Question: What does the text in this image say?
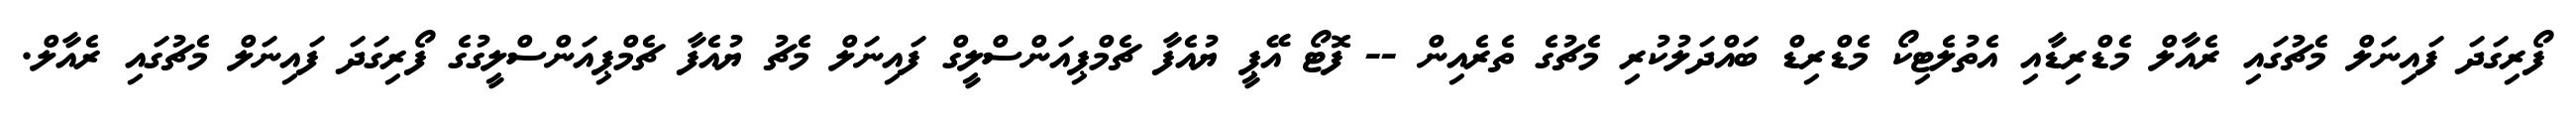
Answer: ފޯރިގަދަ ފައިނަލް މެޗުގައި ރެއާލް މެޑްރިޑާއި އެތުލެޓިކޯ މެޑްރިޑް ބައްދަލުކުރި މެޗުގެ ތެރެއިން -- ފޮޓޯ އޭޕީ ޔުއެފާ ޗެމްޕިއަންސްލީގް ފައިނަލް މެޗު ޔުއެފާ ޗެމްޕިއަންސްލީގުގެ ފޯރިގަދަ ފައިނަލް މެޗުގައި ރެއާލް.